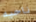
ناحيه